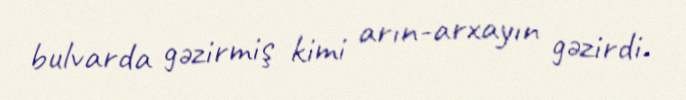
bulvarda gəzirmiş kimi arın-arxayın gəzirdi.